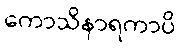
ကောသိနာရကာပိ